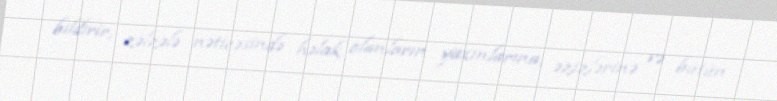
bildirir, zəlzələ nəticəsində həlak olanların yaxınlarına, əzizlərinə və bütün